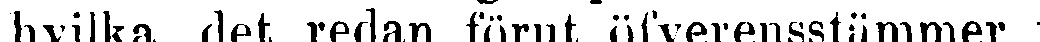
hvilka det redan förut öfverensstämmer i